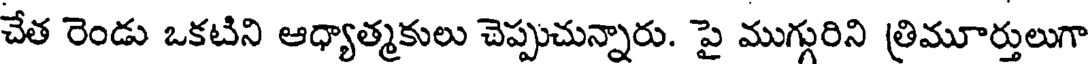
చేత రెండు ఒకటిని ఆధ్యాత్మకులు చెప్పుచున్నారు. పై ముగ్గురిని త్రిమూర్తులుగా